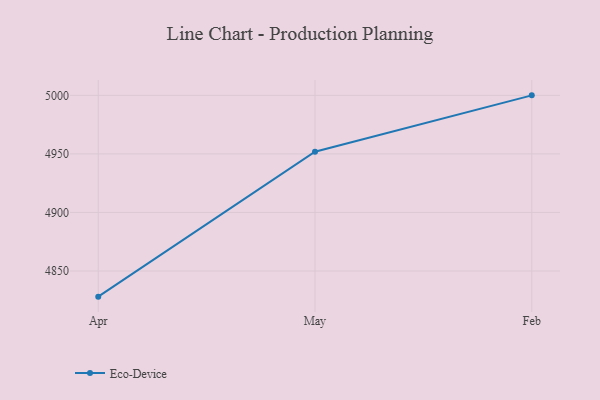
{"axis": {"x": "Month", "y": "Shipments"}, "legend": ["Eco-Device"], "data": [{"x": "Apr", "y": 4828.1, "type": "Eco-Device"}, {"x": "May", "y": 4951.8, "type": "Eco-Device"}, {"x": "Feb", "y": 5000, "type": "Eco-Device"}]}